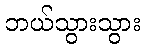
ဘယ်သွားသွား